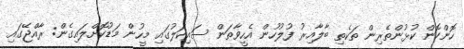
ހޮންކޮން ކުޅުންތެރިން ތަކެތި ބާލާއިރު ފުލުހުން އެހީވާތަން ސައިކަލުގައި މީހުން މަޑުކޮށްލައިގެން: ރާއްޖޭގައި